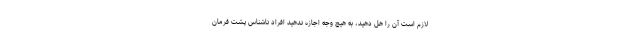
لازم است آن را هل دهید، به هیچ وجه اجازه ندهید افراد ناشناس پشت فرمان